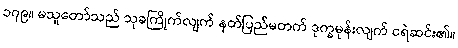
၁၇၉။ မသူတော်သည် သုခကြိုက်လျက် နတ်ပြည်မတက် ဒုက္ခမုန်းလျက် ငရဲဆင်း၏။